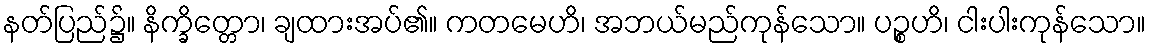
နတ်ပြည်၌။ နိက္ခိတ္တော၊ ချထားအပ်၏။ ကတမေဟိ၊ အဘယ်မည်ကုန်သော။ ပဉ္စဟိ၊ ငါးပါးကုန်သော။